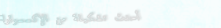
أحدث تشكيلة من الإكسسوارا